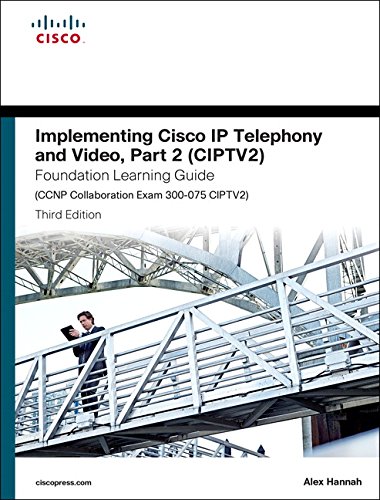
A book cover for Implementing Cisco IP Telephony and Video, Part 2 (CIPTV2) Foundation Learning Guide (CCNP Collaboration Exam 300-075 CIPTV2) (3rd Edition) (Foundation Learning Guides); William Alexander Hannah; Computers & Technology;